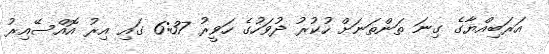
އަރަބިއްޔާގެ ގިނަ ތަންތަނަށް ހުކުރު ދުވަހުގެ ހަވީރު 6:37 ގައި އިރު އޮއްސޭއިރު